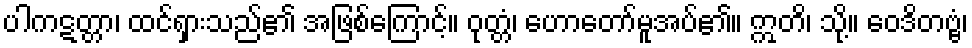
ပါကဋတ္တာ၊ ထင်ရှားသည်၏ အဖြစ်ကြောင့်။ ဝုတ္တံ၊ ဟောတော်မူအပ်၏။ ဣတိ၊ သို့။ ဝေဒိတဗ္ဗံ၊